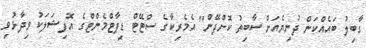
ގާބިލު ބައެއްކަން ދުނިޔެއަށް ސާބިތު ކޮށްދޭން" އެމެރިކާގެ ސްޓޭޓް ޑިޕާޓްމެންޓްގެ އޮފިޝަލަކު ވިދާޅުވި